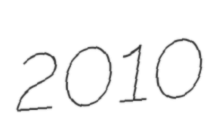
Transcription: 2010